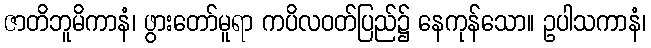
ဇာတိဘူမိကာနံ၊ ဖွားတော်မူရာ ကပိလဝတ်ပြည်၌ နေကုန်သော။ ဥပါသကာနံ၊